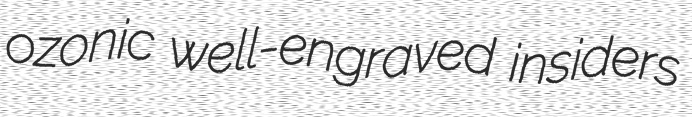
ozonic well-engraved insiders